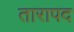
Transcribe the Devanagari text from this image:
तारापद